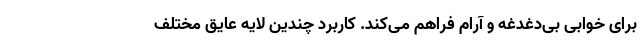
برای خوابی بی‌دغدغه و آرام فراهم می‌کند. کاربرد چندین لایه عایق مختلف